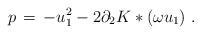
LaTeX: \begin{align*} p \,=\, -u_1^2 - 2\partial_2 K*(\omega u_1)~.\end{align*}